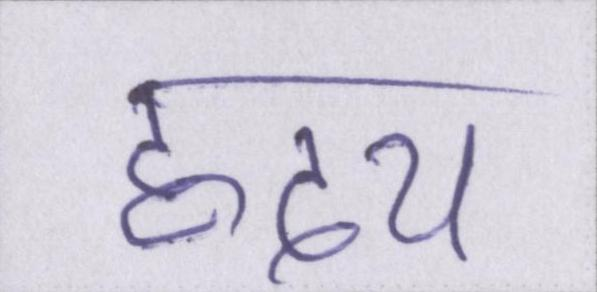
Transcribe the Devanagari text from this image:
ह्रदय